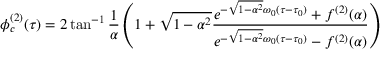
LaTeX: \phi _ { c } ^ { ( 2 ) } ( \tau ) = 2 \tan ^ { - 1 } \frac { 1 } { \alpha } \left( 1 + \sqrt { 1 - \alpha ^ { 2 } } { \frac { e ^ { - \sqrt { 1 - \alpha ^ { 2 } } \omega _ { 0 } ( \tau - \tau _ { 0 } ) } + f ^ { ( 2 ) } ( \alpha ) } { e ^ { - \sqrt { 1 - \alpha ^ { 2 } } \omega _ { 0 } ( \tau - \tau _ { 0 } ) } - f ^ { ( 2 ) } ( \alpha ) } } \right)